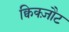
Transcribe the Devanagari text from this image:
क्विक्ज़ौट